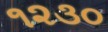
૧૨૩૦